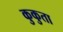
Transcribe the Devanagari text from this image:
कुकुता